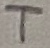
Text: T